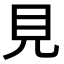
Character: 見